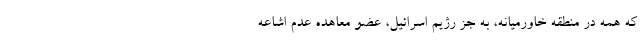
که همه در منطقه خاورمیانه، به جز رژیم اسرائیل، عضو معاهده عدم اشاعه